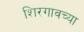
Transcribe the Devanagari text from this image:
शिरगावच्या